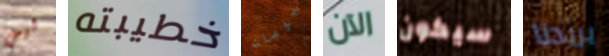
ليس خطيبته يومان الآن سيكون يريدنا